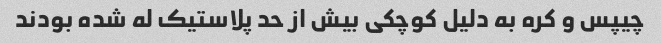
چیپس و کره به دلیل کوچکی بیش از حد پلاستیک له شده بودند